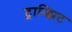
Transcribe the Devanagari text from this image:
ट्रान्झिट